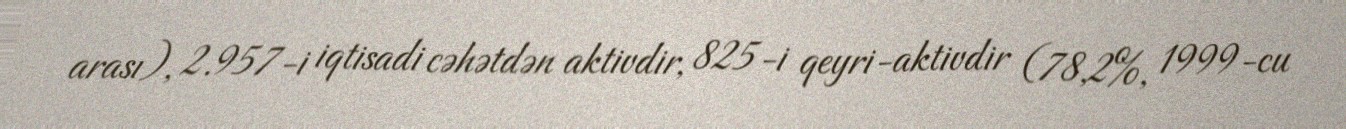
arası), 2.957-i iqtisadi cəhətdən aktivdir, 825-i qeyri-aktivdir (78,2%, 1999-cu